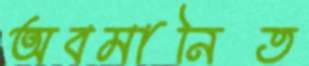
অবমানিত